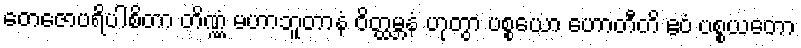
တေဇောပရိပါစိတာ တိဏ္ဏံ မဟာဘူတာနံ ဝိတ္ထမ္ဘနံ ဟုတွာ ပစ္စယော ဟောတီတိ ဧဝံ ပစ္စယတော